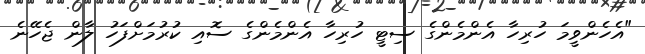
"އެހެންވީމަ ހުރިހާ އެންމެންގެ ސިޓީ ހުރިހާ އެންމެންގެ ސޮއި ކުރުމަށްފަހު ލާން ޖެހޭނެ